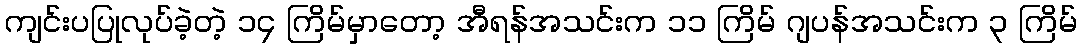
ကျင်းပပြုလုပ်ခဲ့တဲ့ ၁၄ ကြိမ်မှာတော့ အီရန်အသင်းက ၁၁ ကြိမ် ဂျပန်အသင်းက ၃ ကြိမ်